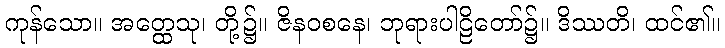
ကုန်သော။ အတ္ထေသု၊ တို့၌။ ဇိနဝစနေ၊ ဘုရားပါဠိတော်၌။ ဒိဿတိ၊ ထင်၏။